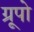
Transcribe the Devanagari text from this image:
ग्रूपो